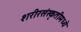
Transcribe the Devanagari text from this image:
शरीरसंस्कृतीमध्ये